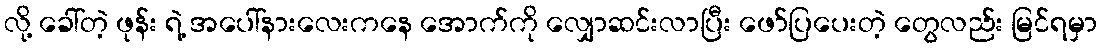
လို့ ခေါ်တဲ့ ဖုန်း ရဲ့ အပေါ်နားလေးကနေ အောက်ကို လျှောဆင်းလာပြီး ဖော်ပြပေးတဲ့ တွေလည်း မြင်ရမှာ